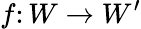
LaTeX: f\colon W\to W^{\prime}